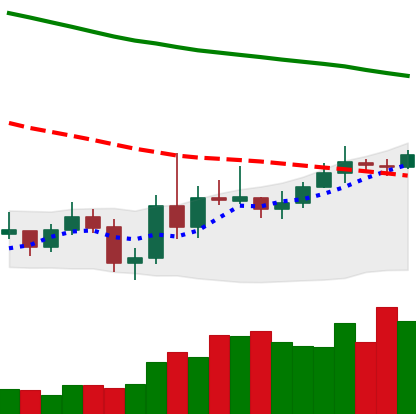
Ticker: XMR-USD
Chart end date: 2019-11-06
Forward return: -3.549%
Label: down_3_5